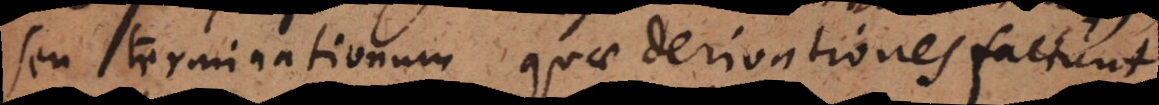
seu terminationum quae derivationes faciunt